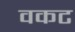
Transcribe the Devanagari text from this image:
वकट